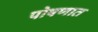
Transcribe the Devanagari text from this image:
पोषणात